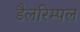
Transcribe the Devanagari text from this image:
डैलरिम्पल